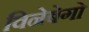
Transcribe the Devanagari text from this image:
विनेबेगो